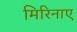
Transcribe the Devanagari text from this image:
मिरिनाए